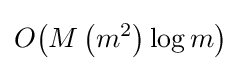
O{\mathord {\left(M\left(m^{2}\right)\log m\right)}}